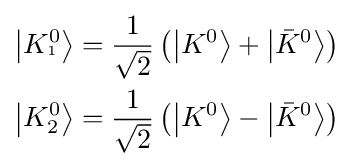
{\begin{aligned}\left|K_{^{1}}^{0}\right\rangle &={\frac {1}{\sqrt {2}}}\left(\left|K^{0}\right\rangle +\left|{\bar {K}}^{0}\right\rangle \right)\\\left|K_{2}^{0}\right\rangle &={\frac {1}{\sqrt {2}}}\left(\left|K^{0}\right\rangle -\left|{\bar {K}}^{0}\right\rangle \right)\end{aligned}}